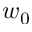
w _ { 0 }